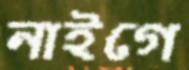
নাইগে